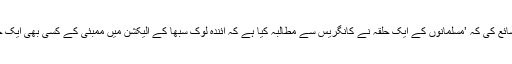
پیر کے روز چند اردو اخباروں نے یہ خبر شائع کی کہ ’مسلمانوں کے ایک حلقہ نے کانگریس سے مطالبہ کیا ہے کہ آئندہ لوک سبھا کے الیکشن میں ممبئی کے کسی بھی ایک حلقے سے مسلم امیدوار کو موقع دیا جائے ‘ ۔